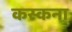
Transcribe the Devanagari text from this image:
कस्कना